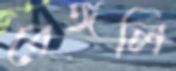
বেঙ্গলি